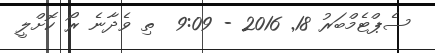
ސެޕްޓެމްބަރު 18